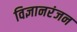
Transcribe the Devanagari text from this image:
विज्ञानरंजन